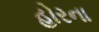
હોરના